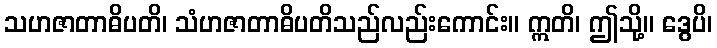
သဟဇာတာဓိပတိ၊ သံဟဇာတာဓိပတိသည်လည်းကောင်း။ ဣတိ၊ ဤသို့။ ဒွေပိ၊